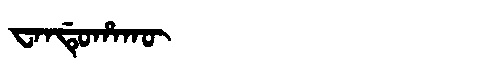
Manchu: ᠸᠠᠨᡩᡠᡥᠠᡴᡡ
Romanization: WANDUHAKŪ